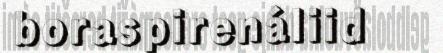
boraspirenáliid